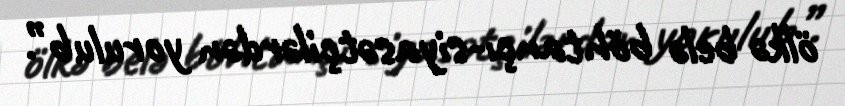
ölkə belə böhtançı-siyasətçilərdən yorulub”.